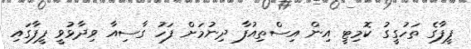
ފީފާގެ ތަހުގީގު ކޮމިޓީ އިން އިސްތިއުފާ ދިނުމަށް ފަހު ގާސިއާ ވިދާޅުވީ ފީފާގައި